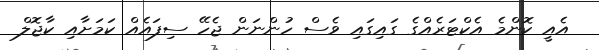
އެއީ ކޮންމެ އެކްޓަރެއްގެ ގައިގައި ވެސް ހުންނަން ޖެހޭ ސިފައެއް ކަމަށާއި ކާޖޮލް